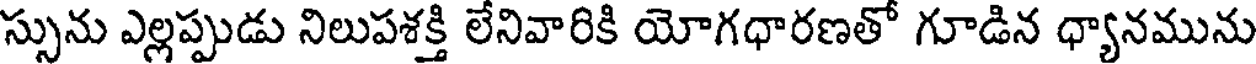
స్సును ఎల్లప్పుడు నిలుపశక్తి లేనివారికి యోగధారణతో గూడిన ధ్యానమును